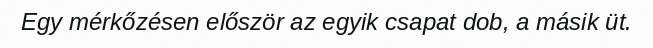
Egy mérkőzésen először az egyik csapat dob, a másik üt.